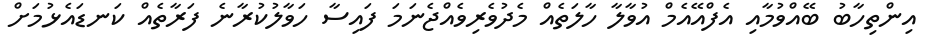
އިންތިހާބު ބޭއްވުމާއި އެފްއޭއެމް އުވާލާ ހާލަތެއް މެދުވެރިވެއްޖެނަމަ ފައިސާ ހަވާލުކުރާނެ ފަރާތެއް ކަނޑައެޅުމަށް